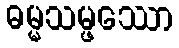
ဓမ္မသမ္ဖဿော